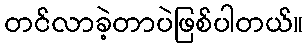
တင်လာခဲ့တာပဲဖြစ်ပါတယ်။